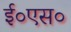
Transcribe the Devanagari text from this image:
ई०एस०